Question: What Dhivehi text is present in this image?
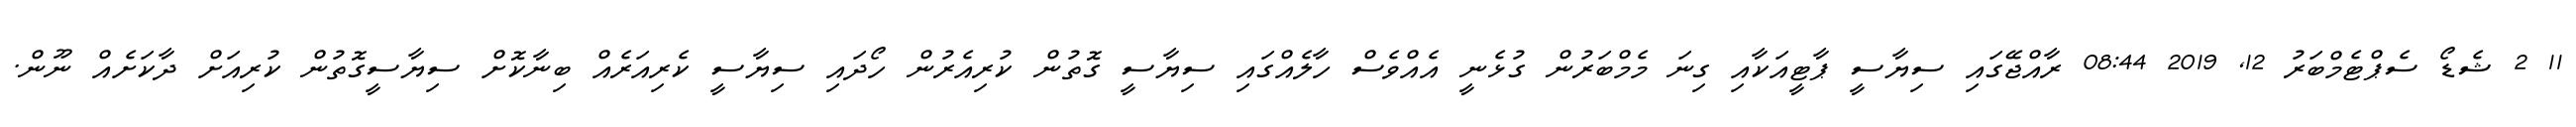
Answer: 11 2 ޝެޑޯ ސެޕްޓެމްބަރު 12, 2019 08:44 ރާއްޖޭގައި ސިޔާސީ ޕާޓީއަކާއި ގިނަ މެމްބަރުން ގުޅެނީ އެއްވެސް ހާލެއްގައި ސިޔާސީ ގޮތުން ކުރިއެރުން ހޯދައި ސިޔާސީ ކެރިއަރެއް ބިނާކޮށް ސިޔާސީގޮތުން ކުރިއަށް ދާކަށެއް ނޫން.